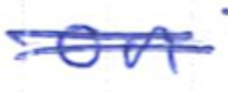
Text: on
Cross-out: mix
Writing tool: ballpoint